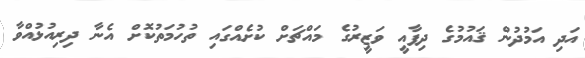
އަދި އަމުދުން ޤައުމުގެ ދިފާއީ ވަޒީރުގެ މައްޗަށް ކުށެއްގައި ތުހުމަތުކޮށް އެނާ ދިރިއުޅުއްވާ